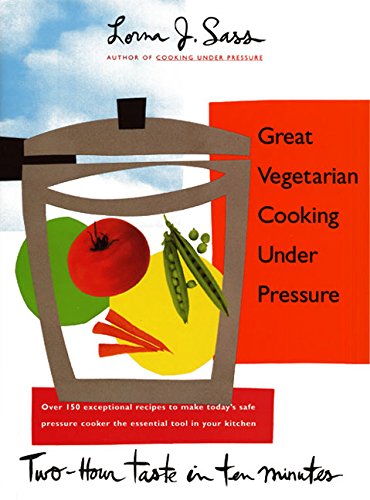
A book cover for Great Vegetarian Cooking Under Pressure; Lorna J. Sass; Cookbooks, Food & Wine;